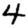
Digit: 4